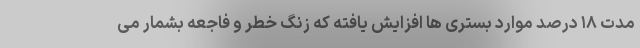
مدت ۱۸ درصد موارد بستری ها افزایش یافته که زنگ خطر و فاجعه بشمار می